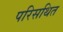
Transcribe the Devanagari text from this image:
परिसथित